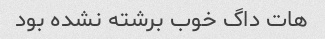
هات داگ خوب برشته نشده بود